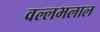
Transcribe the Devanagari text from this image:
वल्लभलाल